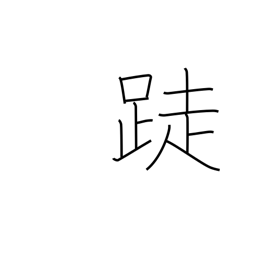
Meaning: barefoot